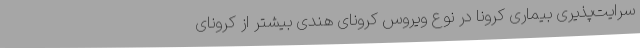
سرایت‌پذیری بیماری کرونا در نوع ویروس کرونای هندی بیشتر از کرونای